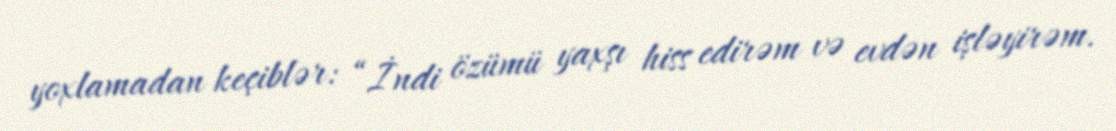
yoxlamadan keçiblər: “İndi özümü yaxşı hiss edirəm və evdən işləyirəm.